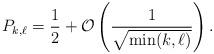
LaTeX: \begin{align*}P_{k, \ell} = \frac{1}{2}+\mathcal{O}\left(\frac{1}{\sqrt{\min(k, \ell)}}\right).\end{align*}